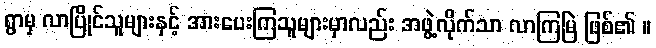
ရွာမှ လာပြိုင်သူများနှင့် အားပေးကြသူများမှာလည်း အဖွဲ့လိုက်သာ လာကြမြဲ ဖြစ်၏ ။